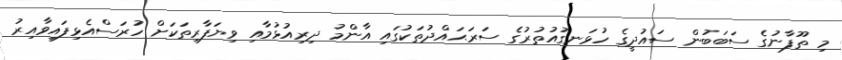
މި ތޫފާނުގެ ސަބަބުން ސައުދީގެ ހުޅަނގުއުތުރުގެ ސަރަޙައްދުތަކުގައި އާންމު ދިރިއުޅުމާއި ވިޔަފާރިތަކަށް ހުރަސްއެޅިފައިވާއިރު